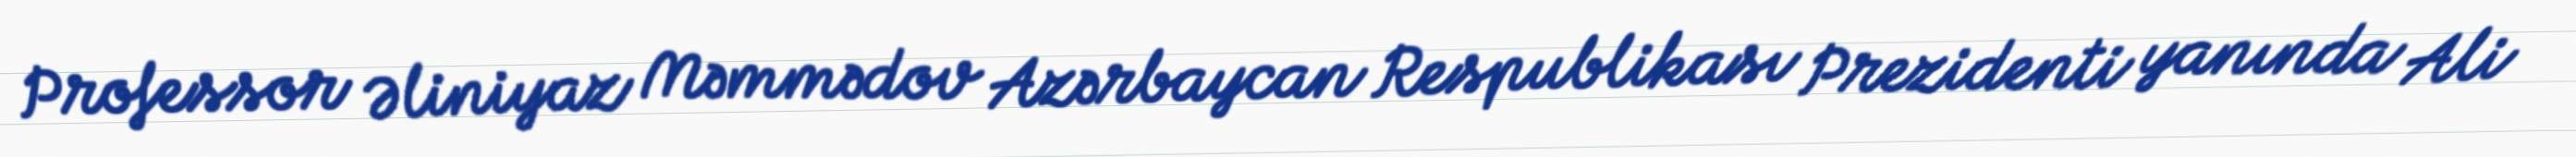
Professor Əliniyaz Məmmədov Azərbaycan Respublikası Prezidenti yanında Ali